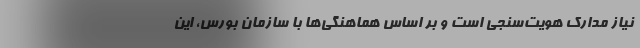
نیاز مدارک هویت‌سنجی است و بر اساس هماهنگی‌ها با سازمان بورس، این